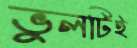
ভুলটিই